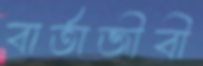
বার্তাজীবী